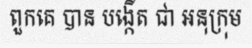
ពួកគេ បាន បង្កើត ជា អនុក្រុម